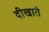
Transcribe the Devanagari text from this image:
दीखाते